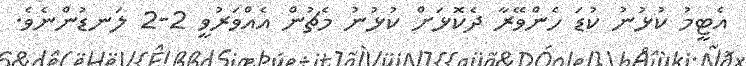
އެޓީމު ކުޅުނު ކުޑަ ހެންވޭރާ ދެކޮޅަށް ކުޅުނު މެޗުން އެއްވަރުވީ 2-2 ލަނޑުންނެވެ.